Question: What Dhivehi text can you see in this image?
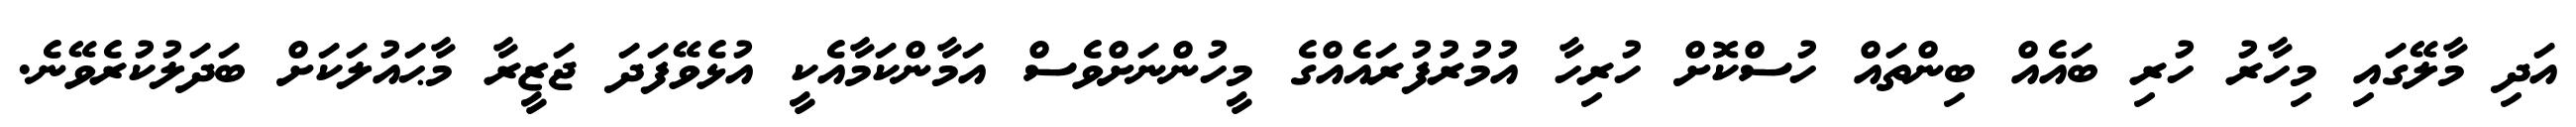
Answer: އަދި މާލޭގައި މިހާރު ހުރި ބައެއް ބިންތައް ހުސްކޮށް ހުރިހާ އުމުރުފުރައެއްގެ މީހުންނަށްވެސް އަމާންކަމާއެކީ އުޅެވޭފަދަ ޖަޒީރާ މާޙައުލަކަށް ބަދަލުކުރެވޭނެ.